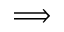
\Longrightarrow